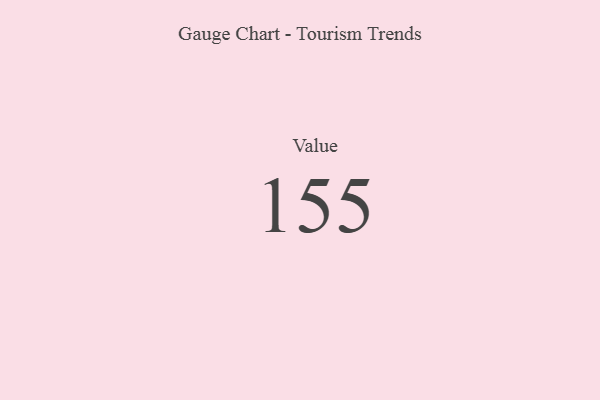
{"axis": {"x": "Metric", "y": "Value"}, "legend": [""], "data": [{"x": "Value", "y": 155, "type": ""}]}